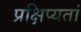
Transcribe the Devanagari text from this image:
प्रक्षिप्यतां